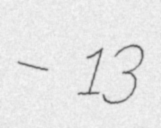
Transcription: – 13